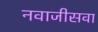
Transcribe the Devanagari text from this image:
नवाजीसवा